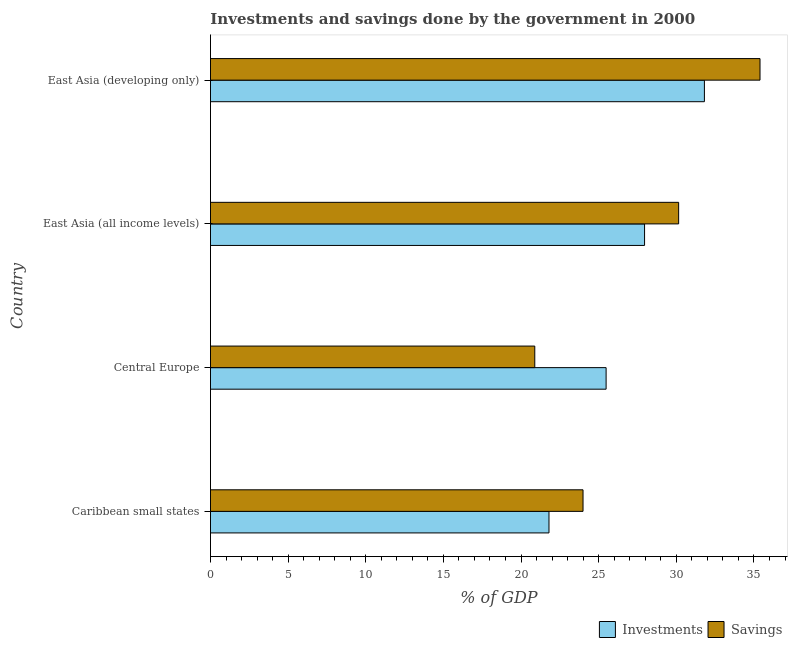
| Country | Investments | Savings |
 | --- | --- | --- |
 | Caribbean small states | 21.8 | 24 |
 | Central Europe | 25.5 | 20.9 |
 | East Asia (all income levels) | 28 | 30.2 |
 | East Asia (developing only) | 31.8 | 35.4 |